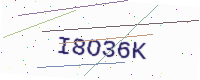
Text: I8O36K